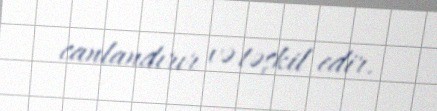
canlandırır və təşkil edir.